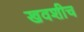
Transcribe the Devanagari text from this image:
खवशीच